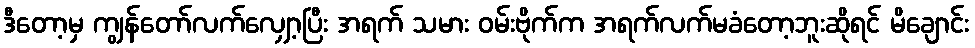
ဒီတော့မှ ကျွန်တော်လက်လျှော့ပြီး အရက် သမား ဝမ်းဗိုက်က အရက်လက်မခံတော့ဘူးဆိုရင် မိချောင်း